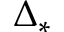
\Delta _ { * }